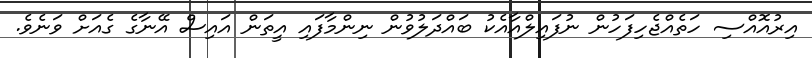
އިރުއޮއްސި ހަތެއްޖެހިފަހުން ނުފައިލްއާއެކު ބައްދަލުވުން ނިންމާފައި އީތަން އައިސް އޭނާގެ ގެއަށް ވަނެވެ.